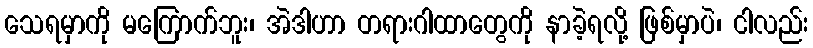
သေရမှာကို မကြောက်ဘူး၊ အဲဒါဟာ တရားဂါထာတွေကို နာခဲ့ရလို့ ဖြစ်မှာပဲ၊ ငါလည်း